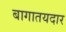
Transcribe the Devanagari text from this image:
बागातयदार